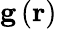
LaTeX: \mathbf{g}\left(\mathbf{r}\right)